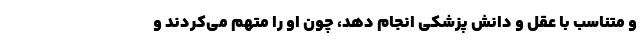
و متناسب با عقل و دانش پزشکی انجام دهد، چون او را متهم می‌کردند و